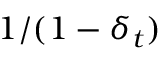
1 / ( 1 - \delta _ { t } )